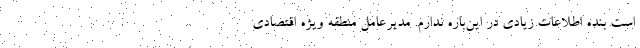
است بنده اطلاعات زیادی در این‌باره ندارم. مدیرعامل منطقه ویژه اقتصادی